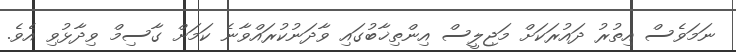
ނަމަވެސް އިތުރު ދައުރަކަށް މަޖިލީސް އިންތިޚާބުގައި ވާދަނުކުރައްވާނެ ކަމަށް ގާސިމް ވިދާޅުވި އެވެ.